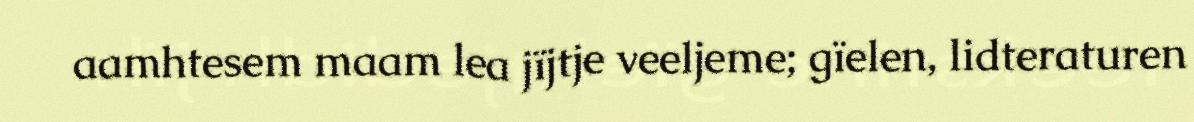
aamhtesem maam lea jïjtje veeljeme; gïelen, lidteraturen